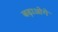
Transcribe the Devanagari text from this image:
बढ़ाओगे